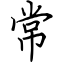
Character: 常